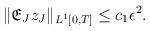
LaTeX: \begin{align*} \begin{aligned} & \| \mathfrak{E}_J z_J\| _{L^1 [0,T]}\le c_1 \epsilon ^2 .\end{aligned}\end{align*}